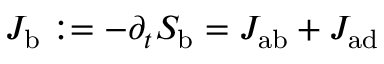
J _ { \mathrm { { b } } } : = - \partial _ { t } S _ { \mathrm { { b } } } = J _ { \mathrm { { a b } } } + J _ { \mathrm { { a d } } }